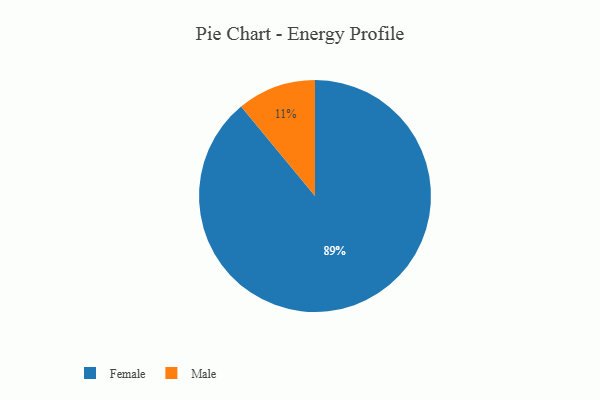
{"axis": {"x": "Category", "y": "Percentage"}, "legend": ["Female", "Male"], "data": [{"x": "Female", "y": 89, "type": "Female"}, {"x": "Male", "y": 11, "type": "Male"}]}